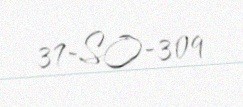
37-SO-309